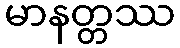
မာနတ္တဿ